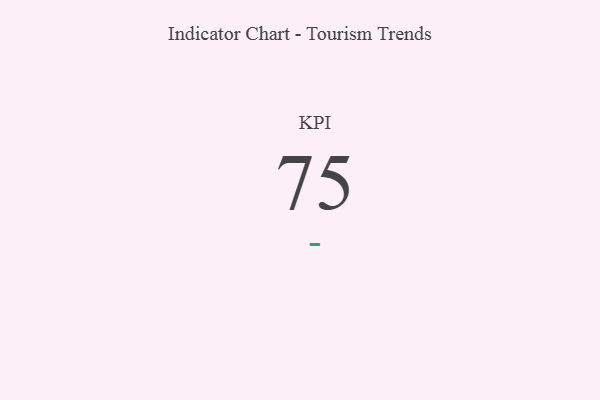
{"axis": {"x": "KPI", "y": "Value"}, "legend": [""], "data": [{"x": "KPI", "y": 75, "type": ""}]}